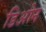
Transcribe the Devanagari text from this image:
डिओन